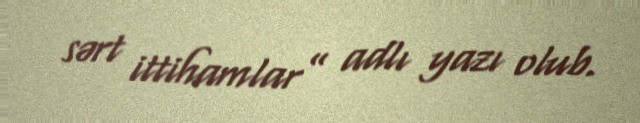
sərt ittihamlar” adlı yazı olub.